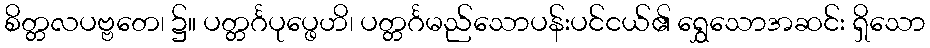
စိတ္တလပဗ္ဗတေ၊ ၌။ ပတ္တင်္ဂပုပ္ဖေဟိ၊ ပတ္တင်္ဂမည်သောပန်းပင်ငယ်၏ ရွှေသောအဆင်း ရှိသော